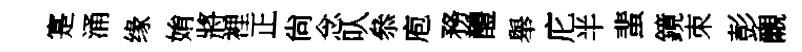
寔涌缘姢將裡正尙念㕥叅庖務醴舉庀半蜚鏡朿彭覼